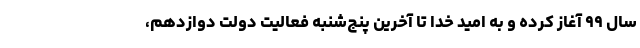
سال ۹۹ آغاز کرده و به امید خدا تا آخرین پنج‌شنبه فعالیت دولت دوازدهم،